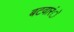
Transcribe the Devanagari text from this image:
बटवारंे